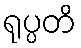
ရုပ္ပတိ